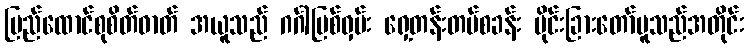
ပြည်ထောင်စုစိတ်ဓာတ် အယူသည် ဂင်္ဂါမြစ်ဝှမ်း ရှေ့တန်းတပ်စခန်း ပိုင်းခြားတော်မူသည်အတိုင်း